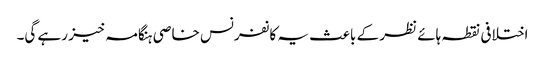
اختلافی نقطہ ہائے نظر کے باعث یہ کانفرنس خاصی ہنگامہ خیز رہے گی۔